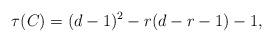
LaTeX: \begin{align*} \tau(C)=(d-1)^2-r(d-r-1)-1,\end{align*}